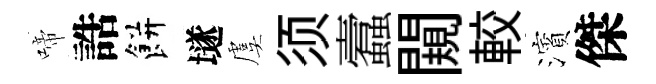
啼誥餅𡑞虞须蠧闚較濱傑